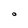
Character: o